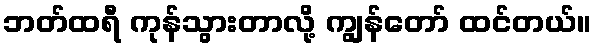
ဘတ်ထရီ ကုန်သွားတာလို့ ကျွန်တော် ထင်တယ်။